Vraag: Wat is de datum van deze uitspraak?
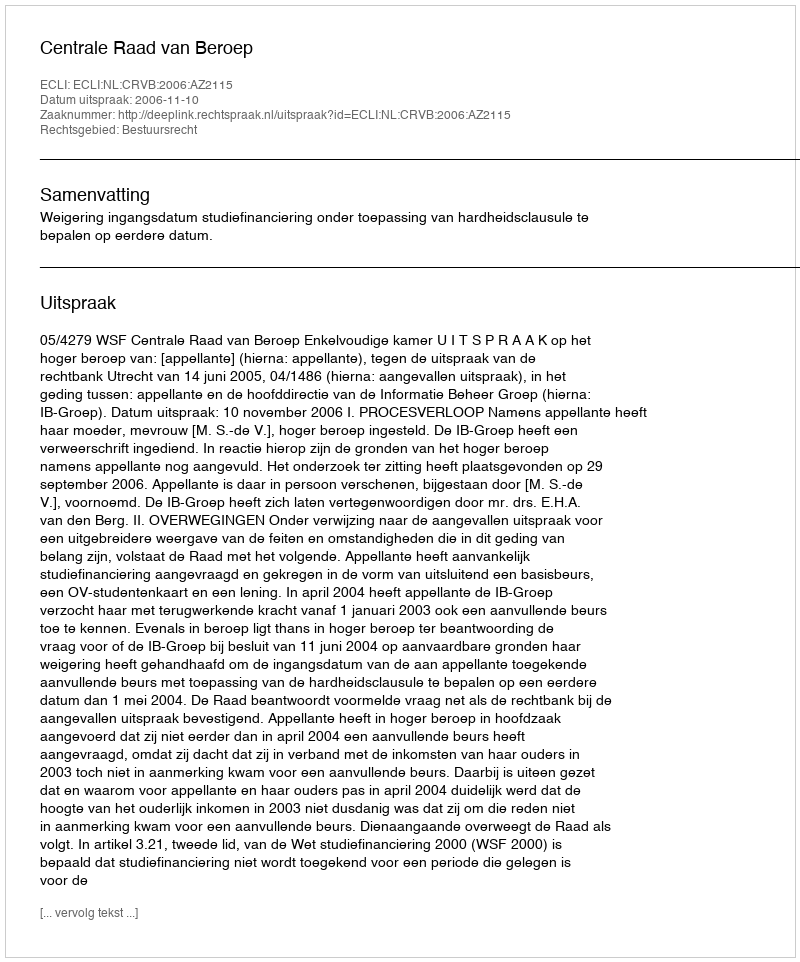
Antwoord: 2006-11-10